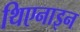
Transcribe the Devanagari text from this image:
थिएनाइन